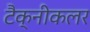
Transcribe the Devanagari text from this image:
टैक्नीकलर